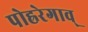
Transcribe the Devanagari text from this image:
पोह्ररेगाव्